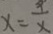
x = \frac { 9 } { x }